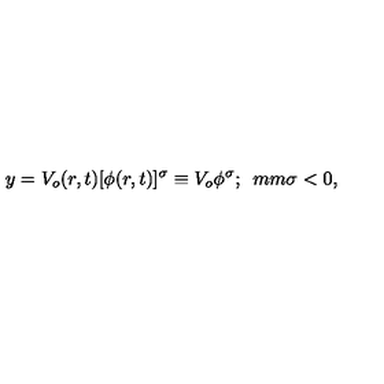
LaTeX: y = V _ { o } ( r , t ) [ \phi ( r , t ) ] ^ { \sigma } \equiv V _ { o } \phi ^ { \sigma } ; \hspace * { 5 m m } \sigma < 0 ,